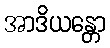
အာဒိယန္တော